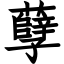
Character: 孽